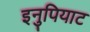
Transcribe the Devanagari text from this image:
इनुपियाट